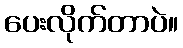
ပေးလိုက်တာပဲ။